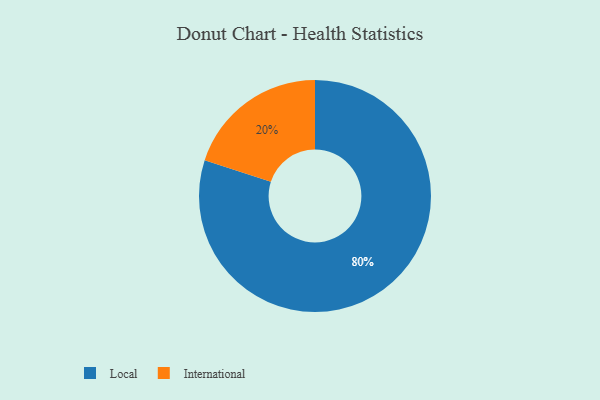
{"axis": {"x": "Category", "y": "Percentage"}, "legend": ["International", "Local"], "data": [{"x": "International", "y": 20, "type": "International"}, {"x": "Local", "y": 80, "type": "Local"}]}